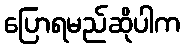
ပြောရမည်ဆိုပါက